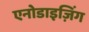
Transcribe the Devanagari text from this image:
एनोडाइज़िंग